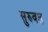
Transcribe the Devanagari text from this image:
सुरुवत